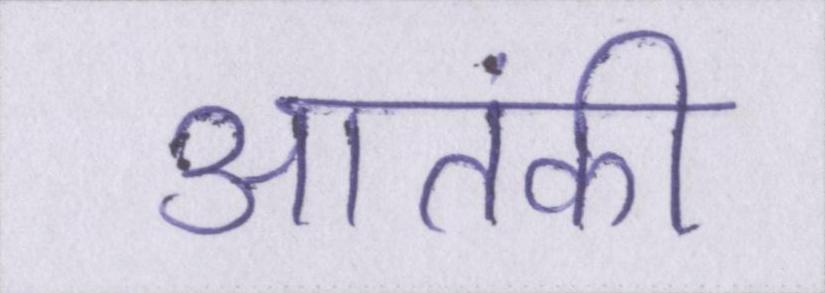
आतंकी